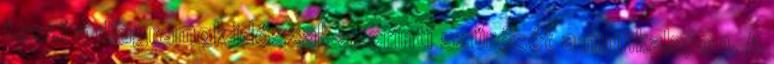
teszi a diagramok időszak szerinti szűrését a munkalapon. A